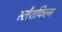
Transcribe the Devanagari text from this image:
स्लैशफिल्म